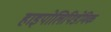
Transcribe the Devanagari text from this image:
हाइपोलिपिडेमिक